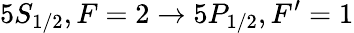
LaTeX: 5S_{1/2},F=2\to 5P_{1/2},F^{\prime}=1